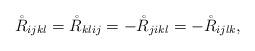
LaTeX: \begin{align*}\mathring{R}_{ijkl}=\mathring{R}_{klij}=-\mathring{R}_{jikl}=-\mathring{R}_{ijlk},\end{align*}